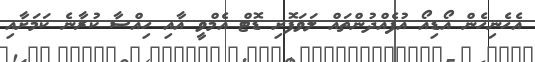
އެހެނިހެން އޯޑިއޯ އުފެއްދުންތައް ލަވަފޮށި ޑޮޓް އެމްވީ އާއި ހިއްސާ ކުރާނެ ކަމަށާއި